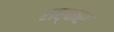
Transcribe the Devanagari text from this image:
सर्कर